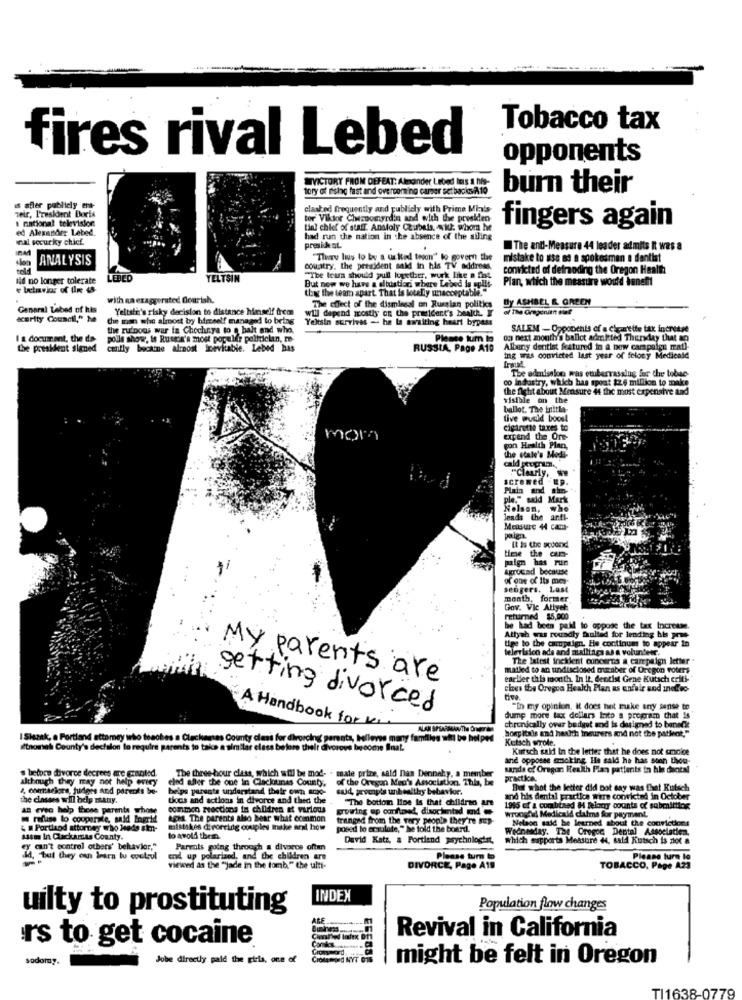
Tobacco tax
fires rival Lebed
opponents
WVICTORY FROM DEFEAT: Almander Lebed Ios a ht
tory of rising fast and overcoming camer setbacks 19
burn their
seir, President Dorte
id after publicly ent-
clashed frequently and publicly with Prime Mials
: national television
tor Viktor Chemomyrdin and with the presiden
ed Alexander Lebed.
tinl chief of staff. Anatoly Cubeis, Aki. whom he
fingers again
nal securky chicf.
had run the nation in the absence of the ailing
.
The anti-Measure 44 leader admits It was a
sion
ANALYSIS
"There lius to by a united tooon" to govern the
mistake to use as a spokesman a dentist
country, the president sald in his TV addrnes.
Convicted of defroding the Oregon Health
lid no longer tolerate
LEBED
YELTSIN
"The tears should pull lovether, wurk like a fi
Plan, which the measure would benefit
thag the team apart. That is lotelly unacceptable."
But now we have a situation where Lebed la split
with en exaggerated Bearish.
By ASHBEL & GREEN
Genaral Lebed of his
Yeltsin's risky decision to distance himself frem
will depend rostly on the president's bealth. I
The effect of the dismissal on Russian politics
«erity Council," he
the man who almost by himself managed to bring
Yeltsin survives - he la awaiting heart bypass
the ruinous war ia Chochnya to o halt and who.
SALEM - Opponents of a chouette tax increase
I & document, the da-
polls show, in Russia's most popular politiclan, m
Please tum le
on next month's ballot admitted Thursday thut an
the president signed
canfly bockine almost inevitabile. Lebed has
RUSSIA, Page A10
Albany dentist featured in a bow campaign mat]-
ing was convicted last year of felony Medicald
The admission was etuberrassing for the tobac.
o industry, which has spout $2.6 million to make
the fight about Measure 44 the most expensive and
visible on the
ballot. The initla
tive wudd boost
cigarette taxes to
mon
expand the Ore
the state's Modi-
pon Health Plan,
Clearly, we
screwed up.
Plain and sha-
ple." said Mark
Nelson, who
leads the anti-
Measure + can-
paign
It Is the second
timwe the aun-
paign has run
Agrocad because
of one of Its men-
sengers. Last
month, former
Gov. Vic Allyet
returned $5,000
he had been paid to oppose the tax Increase.
Attyah was roundly faulted for lending his pone
tige to the campaign. He continues to appear in
television ada and mailings as a volunteer.
The latest inckient concerns a campaign letter
mailed to an undisclosed muraber of Oregon voters
My parents are
earlier this month. In it, dentist Gene Kutsch criti-
cires the Oregca Health Plan as enfair and inotwo-
tive.
getting divorced
"In my opinion, it does not take any sense to
dump more tax dollars Into a program that is
A Handbook for ke
ALAN SPSARMAN
chronically over bedgut and is designed to benefit
I Slezak, a Portland attomey who teaches a Clackamas County class for divorcing parents, halleves many families whi
Kutsch wrote.
hospitais and health insurers and not the patient,"
itnomah County's decision to require parents to take a similar class before thelt divorous be coche Inat.
Kutsch said In the letter that he does not cmoice
and opposse smoking He said he has soon thou-
before divorce decrees are granted.
sande of Oregon Health Plan patients in his dantal
although they may not help every
eled after the one in Clacloumas County, of the Oregon Men's Association. This, be
The three hour class, which will be mod- - mate prime, said nas Dennehy. a member
practica.
8, commacions, judges And parents be-
beips parents understand their own and-
suid, group's unhealthy behavior.
But whot the letter did not say was that Kutsch
the classes will help matry.
tiocs and actions in divorce and thed the
"The bottom line is that children
and his dental practice wire convicted in October
AB evec help those parents whowe
common reactions in children at various
1995 of a combtaed & felony counts of submitting
refuse to cooperate, said Ingrid
ages. The parents also bear what ccinimon
growing up conftoed, disochentad und.
tranged from the very people they're sup-
wrongful Medicald claims for payment.
Nelson said be learned about the convictions
& # Portland attorney who Jede sten-
mistakes divorcing couples make aral how
posed to emulate," he told the board.
Wednesday. The Oregon, Dental Association.
assim In Clackarita County.
to avoid them.
David Katz, a Fortiand psychologist,
which supports Measure 44, said Kutsch is not a
cy can't control others' behavior,"
Parrots going through a divorce often
end up polariand, and the children are
Please turn to
Please turn lo
viewed as the "jade in the tomb." the ulti-
DIVORCE, Page A19
TOBACCO, Page A23
INDEX
uilty to prostituting
Population flow changes
Revival in California
rs to get cocaine
sodomy.
Jobe directly paid the girls, one of
NYT
ESESSE
might be felt in Oregon
TI1638-0779